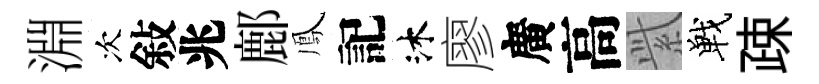
淵次敍兆鄜鳳記沐廖廣高𬗋戰疎